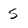
Character: 5